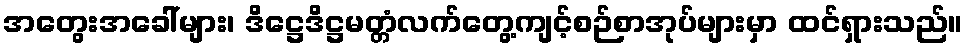
အတွေးအခေါ်များ၊ ဒိဋ္ဌေဒိဋ္ဌမတ္တံလက်တွေ့ကျင့်စဉ်စာအုပ်များမှာ ထင်ရှားသည်။